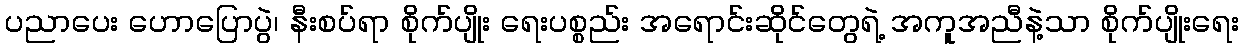
ပညာပေး ဟောပြောပွဲ၊ နီးစပ်ရာ စိုက်ပျိုး ရေးပစ္စည်း အရောင်းဆိုင်တွေရဲ့ အကူအညီနဲ့သာ စိုက်ပျိုးရေး